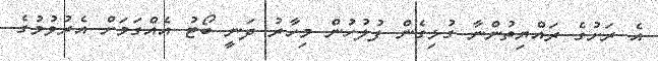
އެ ރަށުގެ ރައްޔިތުންނާ ގުޅިގެން ފުލުހުން މިހާރު ދަނީ ބޯޓު އެއްގަމަށް އެރުވުމުގެ